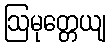
ဩမုတ္တေယျ